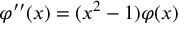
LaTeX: \varphi ^ { \prime \prime } ( x ) = ( x ^ { 2 } - 1 ) \varphi ( x )